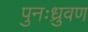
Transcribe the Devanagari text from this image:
पुनःध्रुवण